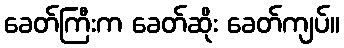
ခေတ်ကြီးက ခေတ်ဆိုး ခေတ်ကျပ်။